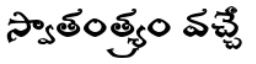
స్వాతంత్య్రం వచ్చే